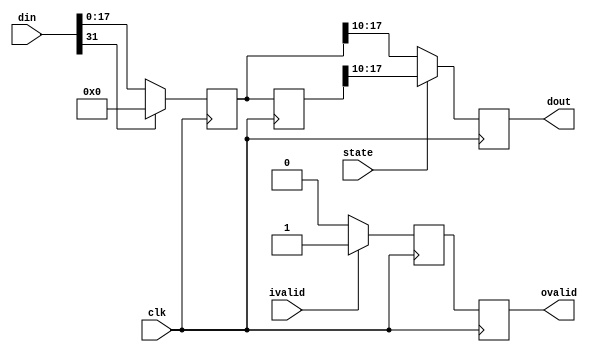
// This program was cloned from: https://github.com/XueTianyu24/cnn_accelerator
// License: MIT License

module relu
(
    input clk,
    input signed [31:0] din,  
    input ivalid,
    input state,
    output reg ovalid,   
    output reg signed [7:0] dout
);

	reg wren;
	reg [31:0] dout_r;
	reg [31:0] dout_delay;
	
	// ????,?????
	always@(posedge clk)begin
		if(ivalid)
			wren <= 1'b1;
		else
			wren <= 1'b0;
	end

	// ?????,?0????
	always@(posedge clk)begin
		if(din[31])
			dout_r <= 0;
		else
			dout_r <= din;
	end
	// ????
	always@(posedge clk)begin
		dout_delay <= dout_r;
	end
	
	/*    
	assign dout = (state)?(dout_delay >>> 10):(dout_r >>> 10);
	assign ovalid = wren;
	*/
	always@(posedge clk)begin
		if(state)
			dout <= (dout_delay >>> 10);
		else
			dout <= (dout_r >>> 10); 
	end
	
	always@(posedge clk)begin
		ovalid <= wren;
	end
	
endmodule